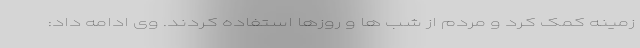
زمینه کمک کرد و مردم از شب ها و روزها استفاده کردند. وی ادامه داد: